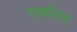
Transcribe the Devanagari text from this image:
पावलिन